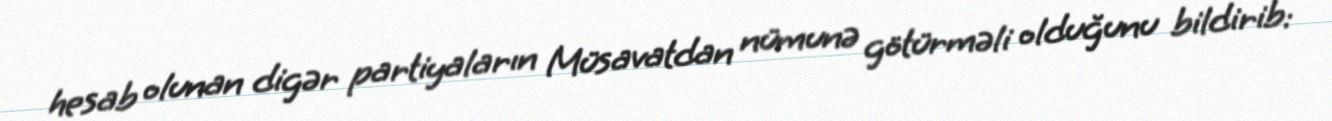
hesab olunan digər partiyaların Müsavatdan nümunə götürməli olduğunu bildirib: